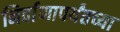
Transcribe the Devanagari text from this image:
निर्वाणापर्यंतच्या